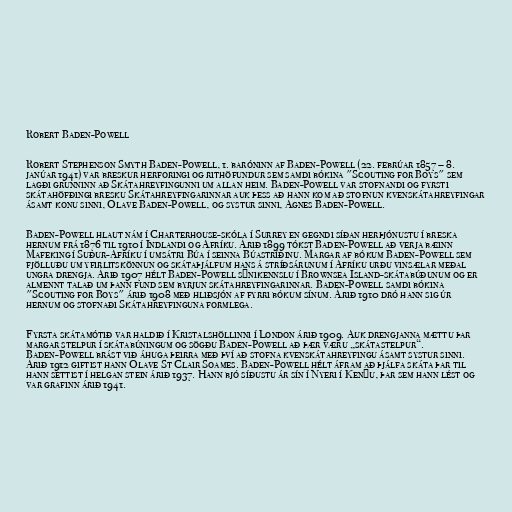
Robert Baden-Powell

Robert Stephenson Smyth Baden-Powell, 1. baróninn af Baden-Powell (22. febrúar 1857 – 8.
janúar 1941) var breskur herforingi og rithöfundur sem samdi bókina "Scouting for Boys" sem
lagði grunninn að Skátahreyfingunni um allan heim. Baden-Powell var stofnandi og fyrsti
skátahöfðingi bresku Skátahreyfingarinnar auk þess að hann kom að stofnun kvenskátahreyfingar
ásamt konu sinni, Olave Baden-Powell, og systur sinni, Agnes Baden-Powell.

Baden-Powell hlaut nám í Charterhouse-skóla í Surrey en gegndi síðan herþjónustu í breska
hernum frá 1876 til 1910 í Indlandi og Afríku. Árið 1899 tókst Baden-Powell að verja bæinn
Mafeking í Suður-Afríku í umsátri Búa í seinna Búastríðinu. Margar af bókum Baden-Powell sem
fjölluðu um yfirlitskönnun og skátaþjálfum hans á stríðsárunum í Afríku urðu vinsælar meðal
ungra drengja. Árið 1907 hélt Baden-Powell sýnikennslu í Brownsea Island-skátabúðunum og er
almennt talað um þann fund sem byrjun skátahreyfingarinnar. Baden-Powell samdi bókina
"Scouting for Boys" árið 1908 með hliðsjón af fyrri bókum sínum. Árið 1910 dró hann sig úr
hernum og stofnaði Skátahreyfinguna formlega.

Fyrsta skátamótið var haldið í Kristalshöllinni í London árið 1909. Auk drengjanna mættu þar
margar stelpur í skátabúningum og sögðu Baden-Powell að þær væru „skátastelpur“.
Baden-Powell brást við áhuga þeirra með því að stofna kvenskátahreyfingu ásamt systur sinni.
Árið 1912 giftist hann Olave St Clair Soames. Baden-Powell hélt áfram að þjálfa skáta þar til
hann settist í helgan stein árið 1937. Hann bjó síðustu ár sín í Nyeri í Kenýu, þar sem hann lést og
var grafinn árið 1941.